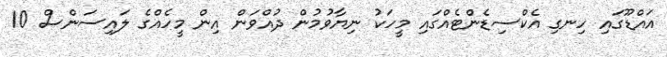
އައްޑޫގައި ހިނގި އެކްސިޑެންޓެއްގައި މީހަކު ނިޔާވުމުން ދުއްވަން އިން މީހެއްގެ ލައިސަންސް 10